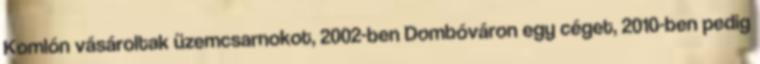
Komlón vásároltak üzemcsarnokot, 2002-ben Dombóváron egy céget, 2010-ben pedig